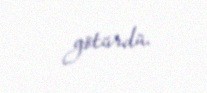
götürdü.